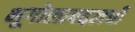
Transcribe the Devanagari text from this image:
भूगोलाबद्दलची